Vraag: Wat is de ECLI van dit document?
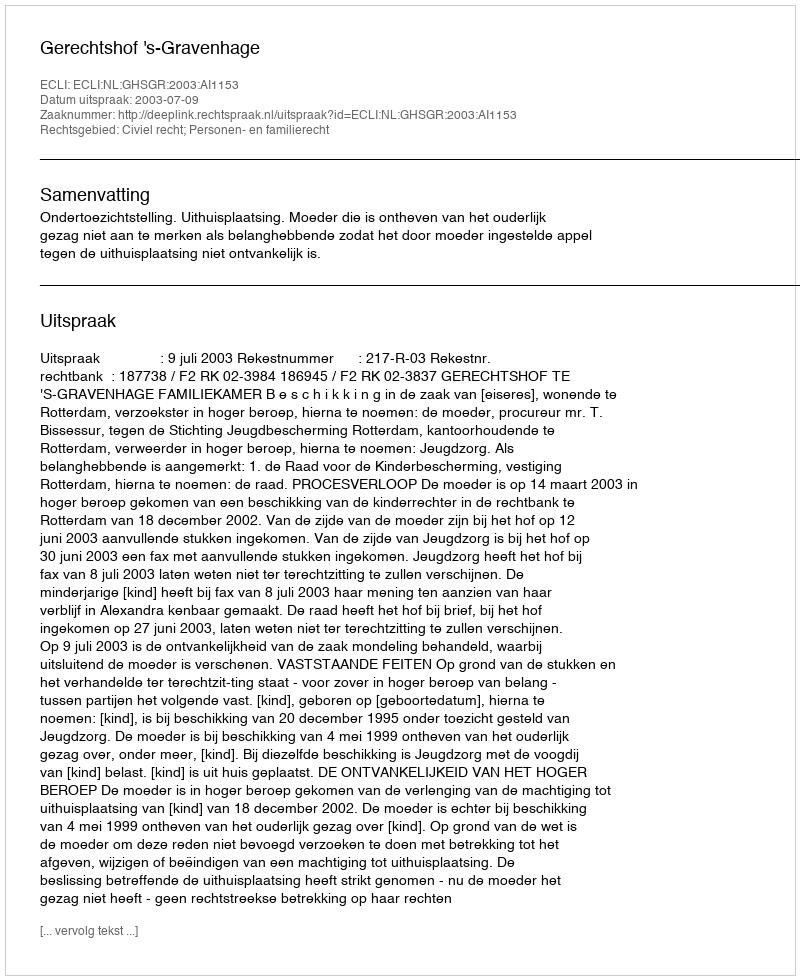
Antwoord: ECLI:NL:GHSGR:2003:AI1153